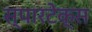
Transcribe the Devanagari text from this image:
स्पारटेक्स